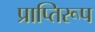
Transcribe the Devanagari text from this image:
प्राप्तिरूप